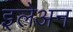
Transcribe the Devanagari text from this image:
इलेअन